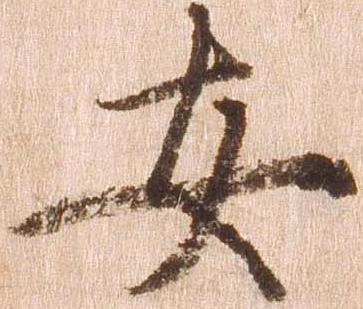
安